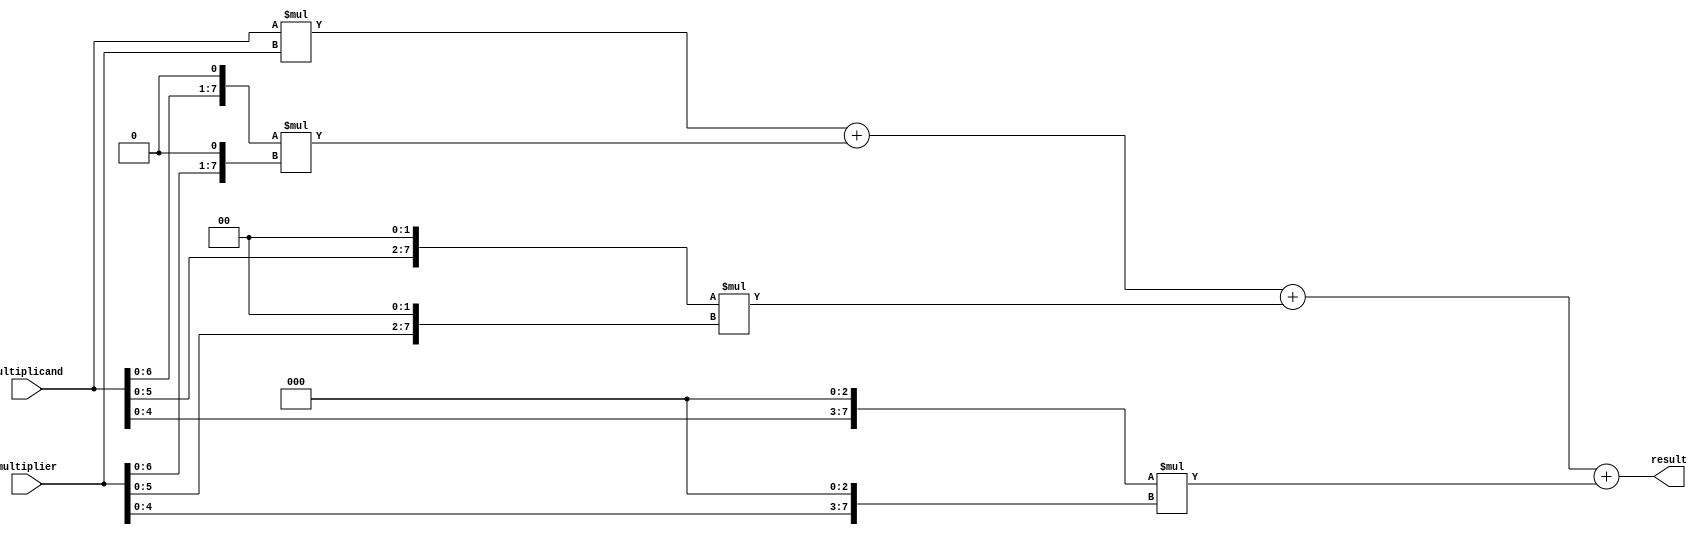
module booth_multiplier(
    input signed [7:0] multiplicand,
    input signed [7:0] multiplier,
    output reg signed [15:0] result
);

reg signed [15:0] partial_products [3:0];

// Generate partial products using Booth encoding
always @*
begin
    partial_products[0] = multiplicand * multiplier;
    partial_products[1] = {multiplicand << 1} * {multiplier << 1};
    partial_products[2] = {multiplicand << 2} * {multiplier << 2};
    partial_products[3] = {multiplicand << 3} * {multiplier << 3};
end

// Sum the partial products to obtain the final result
always @*
begin
    result = partial_products[0] + partial_products[1] + partial_products[2] + partial_products[3];
end

endmodule